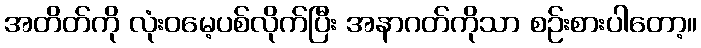
အတိတ်ကို လုံးဝမေ့ပစ်လိုက်ပြီး အနာဂတ်ကိုသာ စဉ်းစားပါတော့။